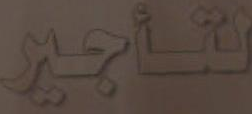
لتأجير